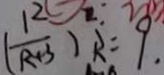
( \frac { R } { R + 3 } ) R = 9 .